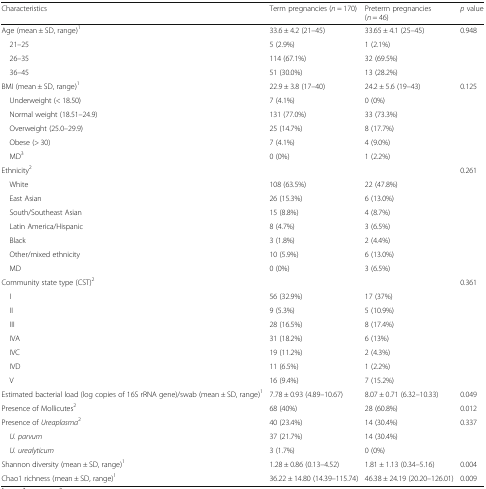
<table><thead><tr><td><b>Characteristics</b></td><td><b>Term pregnancies (<i>n</i> = 170)</b></td><td><b>Preterm pregnancies (<i>n</i> = 46)</b></td><td><b><i>p</i> value</b></td></tr></thead><tbody><tr><td>Age (mean ± SD, range)<sup>1</sup></td><td>33.6 ± 4.2 (21–45)</td><td>33.65 ± 4.1 (25–45)</td><td>0.948</td></tr><tr><td> 21–25</td><td>5 (2.9%)</td><td>1 (2.1%)</td><td rowspan="3"></td></tr><tr><td> 26–35</td><td>114 (67.1%)</td><td>32 (69.5%)</td></tr><tr><td> 36–45</td><td>51 (30.0%)</td><td>13 (28.2%)</td></tr><tr><td>BMI (mean ± SD, range)<sup>1</sup></td><td>22.9 ± 3.8 (17–40)</td><td>24.2 ± 5.6 (19–43)</td><td>0.125</td></tr><tr><td> Underweight (&lt; 18.50)</td><td>7 (4.1%)</td><td>0 (0%)</td><td rowspan="5"></td></tr><tr><td> Normal weight (18.51–24.9)</td><td>131 (77.0%)</td><td>33 (73.3%)</td></tr><tr><td> Overweight (25.0–29.9)</td><td>25 (14.7%)</td><td>8 (17.7%)</td></tr><tr><td> Obese (&gt; 30)</td><td>7 (4.1%)</td><td>4 (9.0%)</td></tr><tr><td> MD<sup>3</sup></td><td>0 (0%)</td><td>1 (2.2%)</td></tr><tr><td colspan="3">Ethnicity<sup>2</sup></td><td>0.261</td></tr><tr><td> White</td><td>108 (63.5%)</td><td>22 (47.8%)</td><td rowspan="7"></td></tr><tr><td> East Asian</td><td>26 (15.3%)</td><td>6 (13.0%)</td></tr><tr><td> South/Southeast Asian</td><td>15 (8.8%)</td><td>4 (8.7%)</td></tr><tr><td> Latin America/Hispanic</td><td>8 (4.7%)</td><td>3 (6.5%)</td></tr><tr><td> Black</td><td>3 (1.8%)</td><td>2 (4.4%)</td></tr><tr><td> Other/mixed ethnicity</td><td>10 (5.9%)</td><td>6 (13.0%)</td></tr><tr><td> MD</td><td>0 (0%)</td><td>3 (6.5%)</td></tr><tr><td colspan="3">Community state type (CST)<sup>2</sup></td><td>0.361</td></tr><tr><td> I</td><td>56 (32.9%)</td><td>17 (37%)</td><td rowspan="7"></td></tr><tr><td> II</td><td>9 (5.3%)</td><td>5 (10.9%)</td></tr><tr><td> III</td><td>28 (16.5%)</td><td>8 (17.4%)</td></tr><tr><td> IVA</td><td>31 (18.2%)</td><td>6 (13%)</td></tr><tr><td> IVC</td><td>19 (11.2%)</td><td>2 (4.3%)</td></tr><tr><td> IVD</td><td>11 (6.5%)</td><td>1 (2.2%)</td></tr><tr><td> V</td><td>16 (9.4%)</td><td>7 (15.2%)</td></tr><tr><td>Estimated bacterial load (log copies of 16S rRNA gene)/swab (mean ± SD, range)<sup>1</sup></td><td>7.78 ± 0.93 (4.89–10.67)</td><td>8.07 ± 0.71 (6.32–10.33)</td><td>0.049</td></tr><tr><td>Presence of Mollicutes<sup>2</sup></td><td>68 (40%)</td><td>28 (60.8%)</td><td>0.012</td></tr><tr><td>Presence of <i>Ureaplasma</i><sup>2</sup></td><td>40 (23.4%)</td><td>14 (30.4%)</td><td>0.337</td></tr><tr><td> <i>U. parvum</i></td><td>37 (21.7%)</td><td>14 (30.4%)</td><td rowspan="2"></td></tr><tr><td> <i>U. urealyticum</i></td><td>3 (1.7%)</td><td>0 (0%)</td></tr><tr><td>Shannon diversity (mean ± SD, range)<sup>1</sup></td><td>1.28 ± 0.86 (0.13–4.52)</td><td>1.81 ± 1.13 (0.34–5.16)</td><td>0.004</td></tr><tr><td>Chao1 richness (mean ± SD, range)<sup>1</sup></td><td>36.22 ± 14.80 (14.39–115.74)</td><td>46.38 ± 24.19 (20.20–126.01)</td><td>0.009</td></tr></tbody></table>